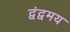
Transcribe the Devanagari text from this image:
द्वंद्वमय